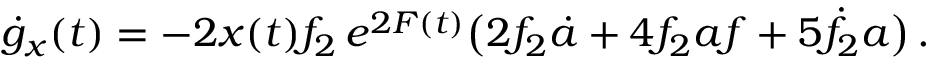
\dot { g } _ { x } ( t ) = - 2 x ( t ) f _ { 2 } \, e ^ { 2 F ( t ) } \big ( 2 f _ { 2 } \dot { a } + 4 f _ { 2 } a f + 5 \dot { f } _ { 2 } a \big ) \, .